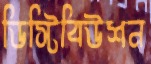
ডিস্টিবিউশন